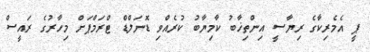
ޕީ އެމެރިކާގެ ރިޔާސީ އިންތިޚާބު ކާމިޔާބު ކުރެއްވި ޑޮނަލްޑް ޓްރަމްޕަށް މިހާރުގެ ރައީސް